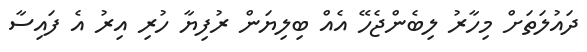
ދައުލަތަށް މިހާރު ލިބެންޖެހޭ އެއް ބިލިޔަން ރުފިޔާ ހުރި އިރު އެ ފައިސާ